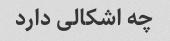
چه اشکالی دارد